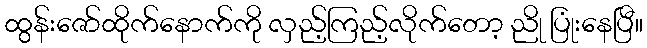
ထွန်းဇော်ထိုက်နောက်ကို လှည့်ကြည့်လိုက်တော့ ညို ပြုံးနေပြီ။